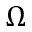
\Omega